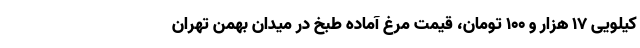
کیلویی ۱۷ هزار و ۱۰۰ تومان، قیمت مرغ آماده طبخ در میدان بهمن تهران